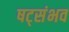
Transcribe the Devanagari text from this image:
षट्संभव